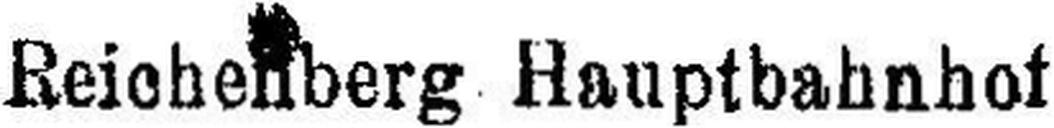
Reichenberg Hauptbahnhof